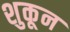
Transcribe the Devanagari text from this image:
शुकून